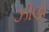
ઝીણો